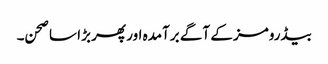
بیڈرومز کے آگے برآمدہ اور پھر بڑا سا صحن۔